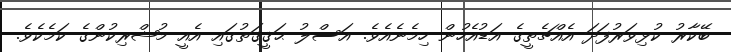
ބޭކާރު ކުޅިވަރުފަދަ އެއްޗެތީގެ އަޑުއެހުން ހިމެނެއެވެ. އަސްލު ޙަޤީޤަތުގައި އެއީ މުޝްރިކުންގެ ކަމެކެވެ.